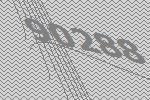
90288